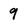
Character: 9